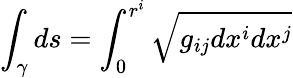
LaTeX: \int_{\gamma}ds=\int_{0}^{r^{i}}\sqrt{g_{ij}dx^{i}dx^{j}}